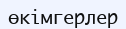
өкімгерлер